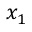
x _ { 1 }